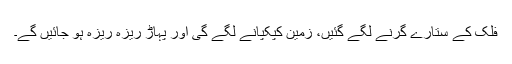
فلک کے ستارے گرنے لگے گئیں، زمین کپکپانے لگے گی اور پہاڑ ریزہ ریزہ ہو جائیں گے۔